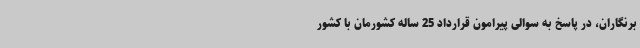
برنگاران، در پاسخ به سوالی پیرامون قرارداد 25 ساله کشورمان با کشور